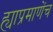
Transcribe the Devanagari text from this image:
ह्याप्रमाणेंच